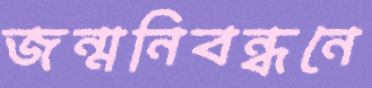
জন্মনিবন্ধনে